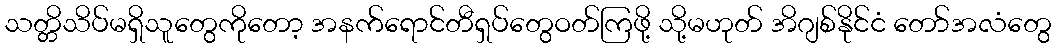
သတ္တိသိပ်မရှိသူတွေကိုတော့ အနက်ရောင်တီရှပ်တွေဝတ်ကြဖို့ သို့မဟုတ် အိဂျစ်နိုင်ငံ တော်အလံတွေ